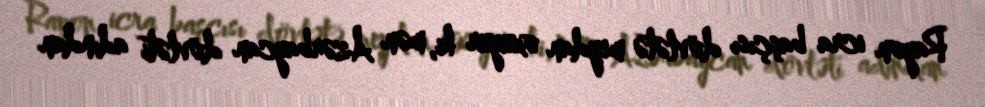
Rayon icra başçısı dövlətə meydan oxuyur ki, mən Azərbaycan dövləti adından